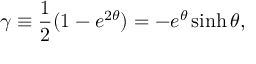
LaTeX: \gamma \equiv { \frac { 1 } { 2 } } ( 1 - e ^ { 2 \theta } ) = - e ^ { \theta } \sinh \theta ,